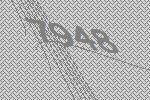
7948